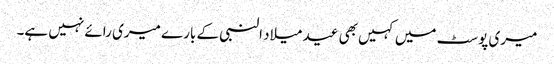
میری پوسٹ میں کہیں بھی عید میلاد النبی کے بارے میری رائے نہیں ہے۔